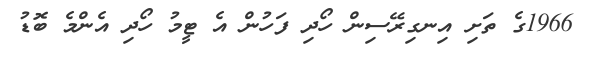
1966ގެ ތަށި އިނގިރޭސިން ހޯދި ފަހުން އެ ޓީމު ހޯދި އެންމެ ބޮޑު